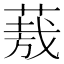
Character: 𮐈